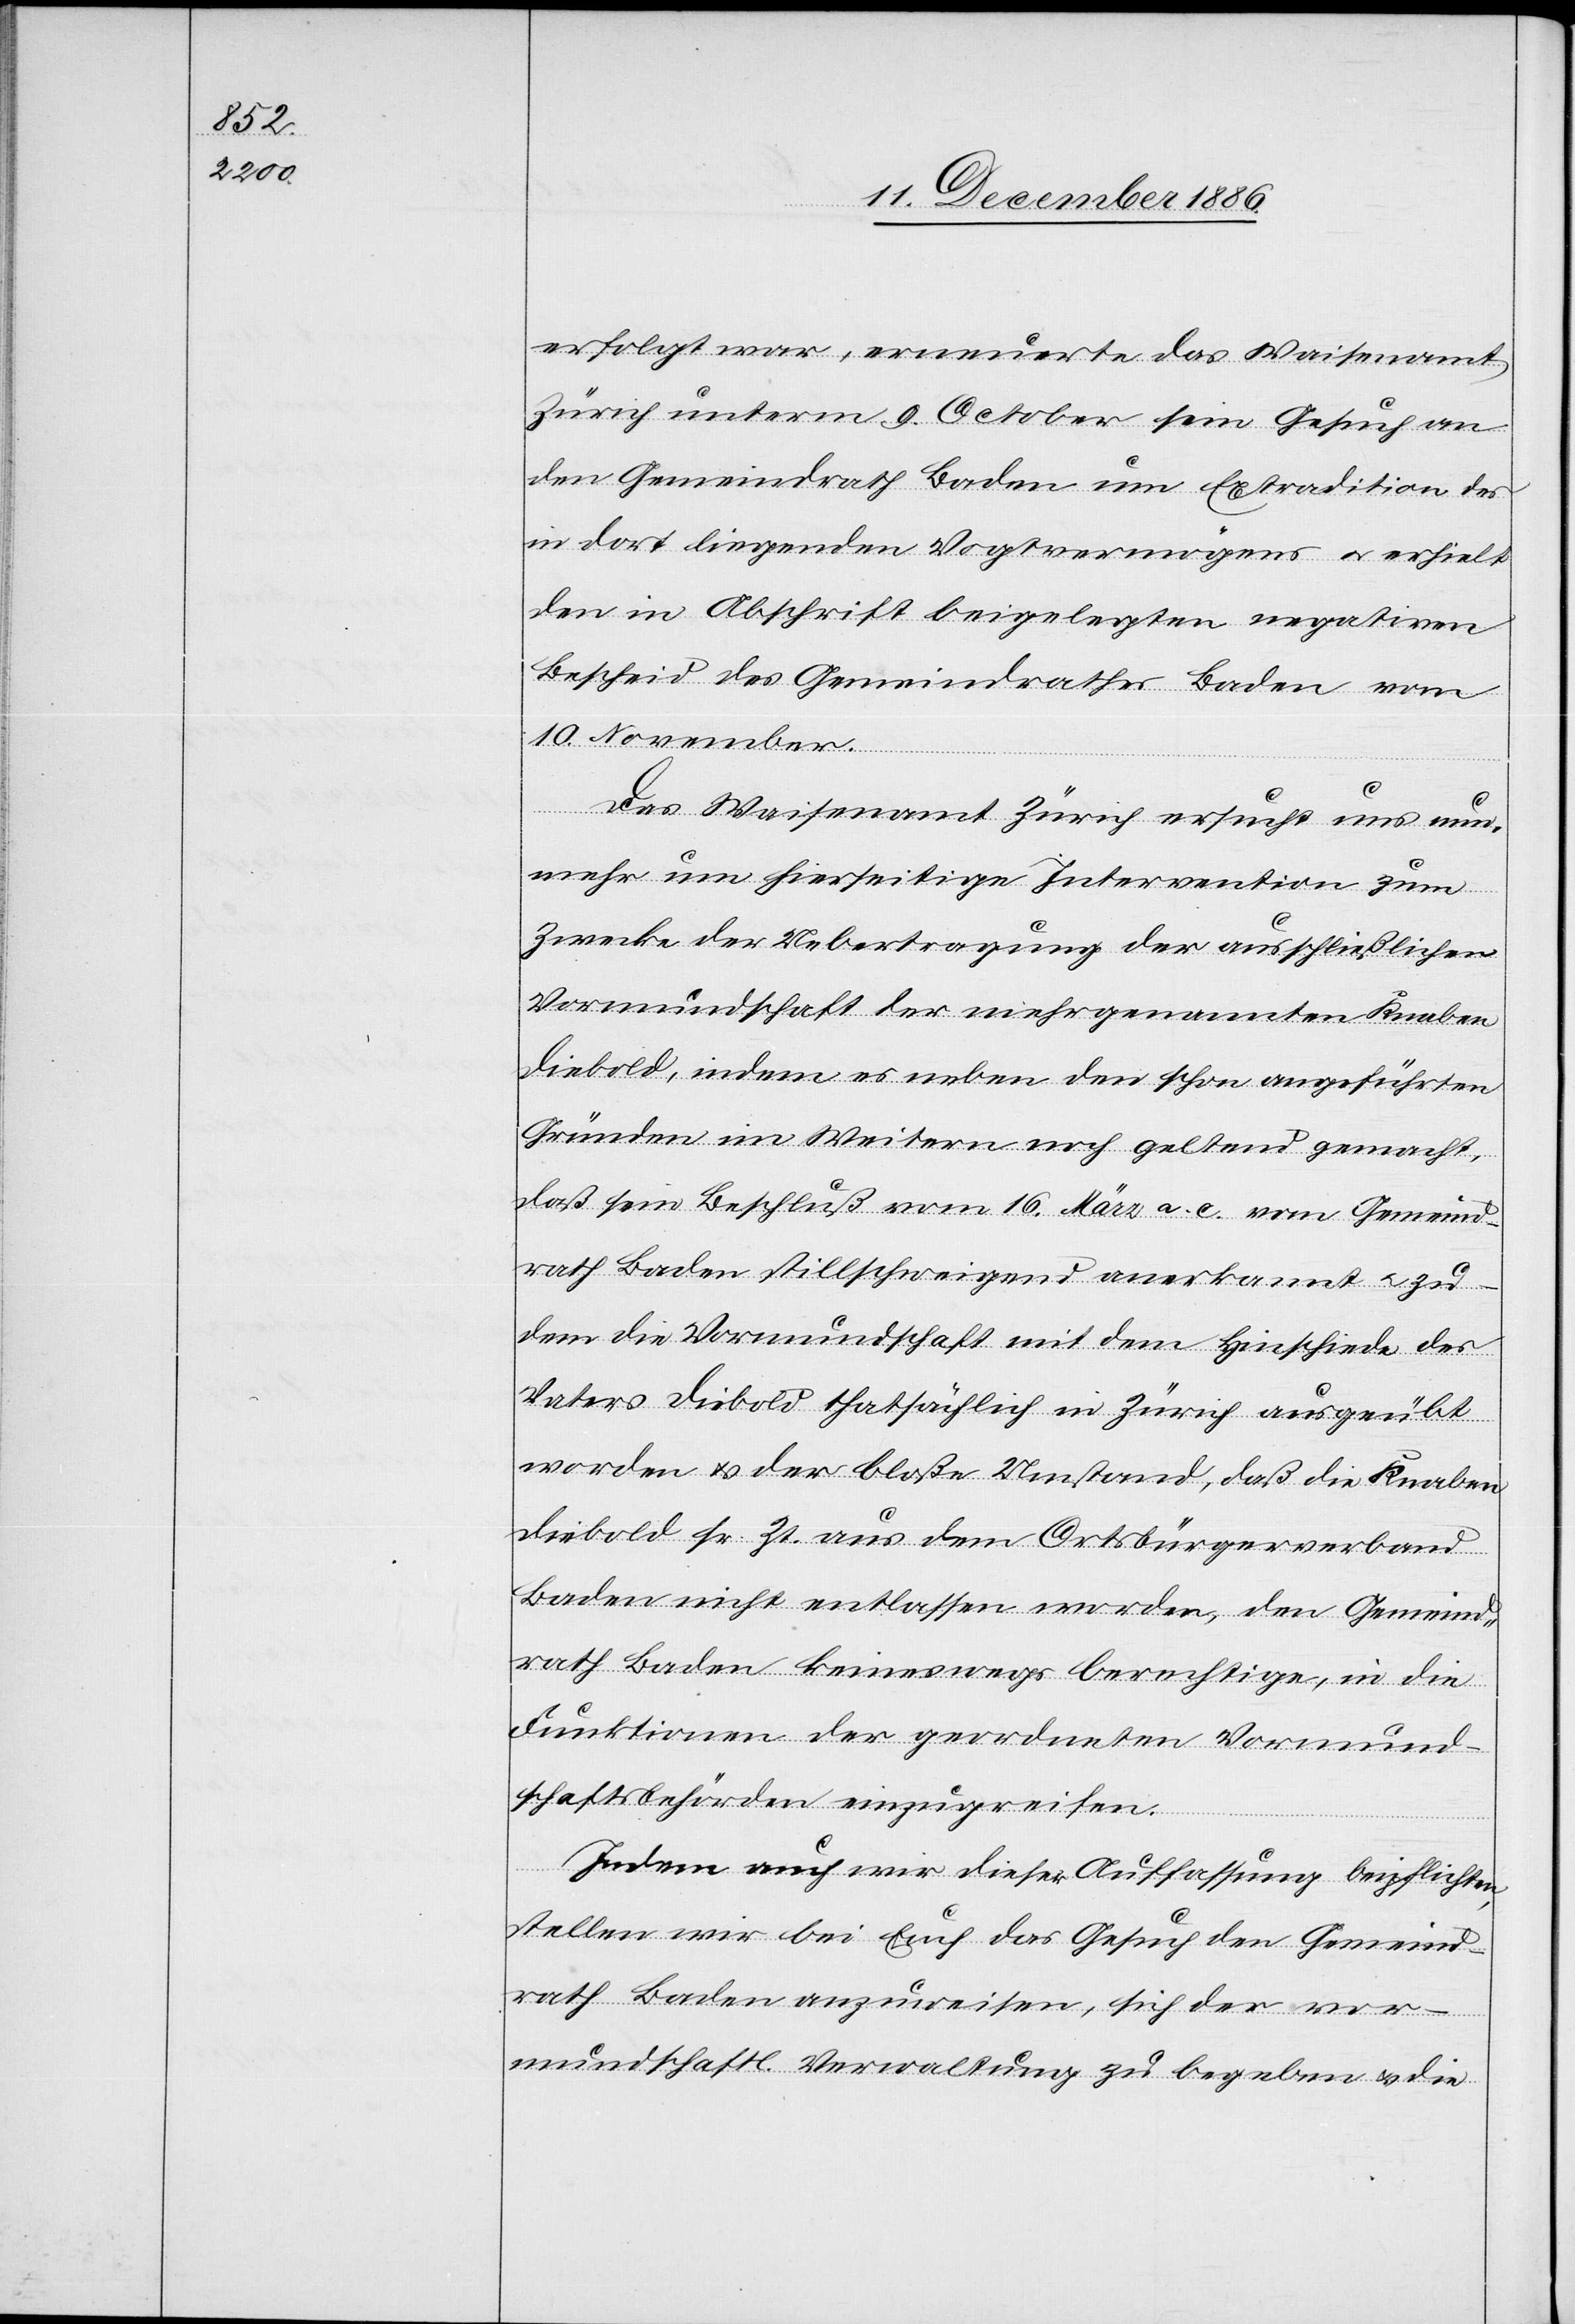
erfolgt war, erneuerte das Waisenamt
Zürich unterm 9. October sein Gesuch an
den Gemeindrath Baden um Extradition des
in dort liegenden Vogtvermögens & erhielt
den in Abschrift beigelegten negativen
Bescheid des Gemeindrathes Baden vom
10. November.
Das Waisenamt Zürich ersucht uns nun¬
mehr um hierseitige Intervention zum
Zwecke der Uebertragung der ausschließlichen
Vormundschaft der mehrgenannten Knaben
Diebold, indem es neben den schon angeführten
Gründen im Weitern noch geltend gemacht,
daß sein Beschluß vom 16. März a. c. vom Gemeind¬
rath Baden stillschweigend anerkannt & zu¬
dem die Vormundschaft mit dem Hinschiede des
Vaters Diebold thatsächlich in Zürich ausgeübt
worden & der bloße Umstand, daß die Knaben
Diebold sr. Zt. aus dem Ortsbürgerverband
Baden nicht entlassen worden, den Gemeind¬
rath Baden keineswegs berechtige, in die
Funktionen der geordneten Vormund¬
schaftsbehörden einzugreifen.
Indem auch wir dieser Auffassung beipflichten,
stellen wir bei Euch das Gesuch den Gemeind¬
rath Baden anzuweisen, sich der vor¬
mundschaftl. Verwaltung zu begeben & die